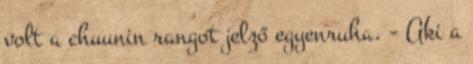
volt a chuunin rangot jelző egyenruha. - Aki a